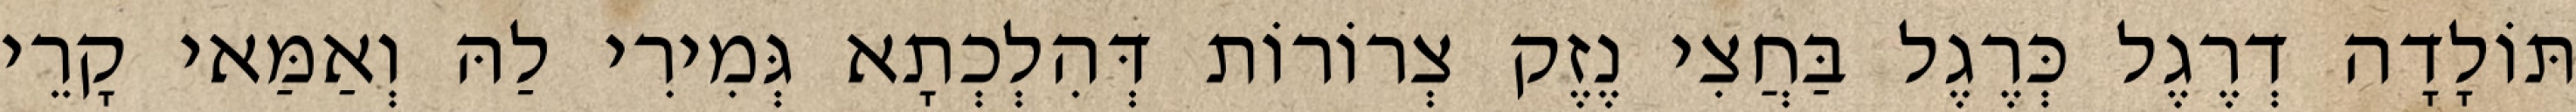
תּוֹלָדָה דְרֶגֶל כְּרֶגֶל בַּחֲצִי נֶזֶק צְרוֹרוֹת דְּהִלְכְתָא גְּמִירִי לַהּ וְאַמַּאי קָרֵי